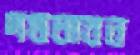
দন্তধাবন